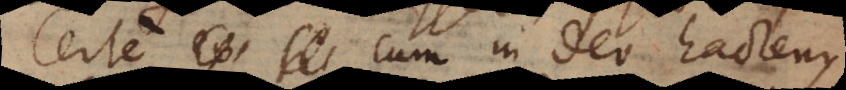
Certe cum in Deo hactenus